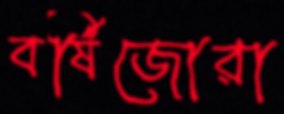
বর্ষিজোরা